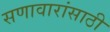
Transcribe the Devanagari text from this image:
सणावारांसाठी